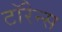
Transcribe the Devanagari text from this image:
टॉरेन्स